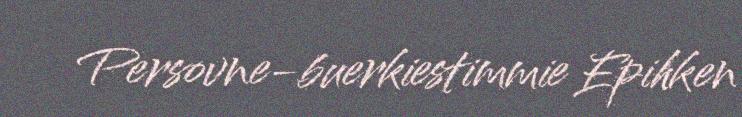
Persovne-buerkiestimmie Epihken